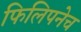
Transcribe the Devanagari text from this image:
फिलिपनेच